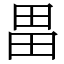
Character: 畕